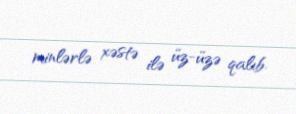
minlərlə xəstə ilə üz-üzə qalıb.